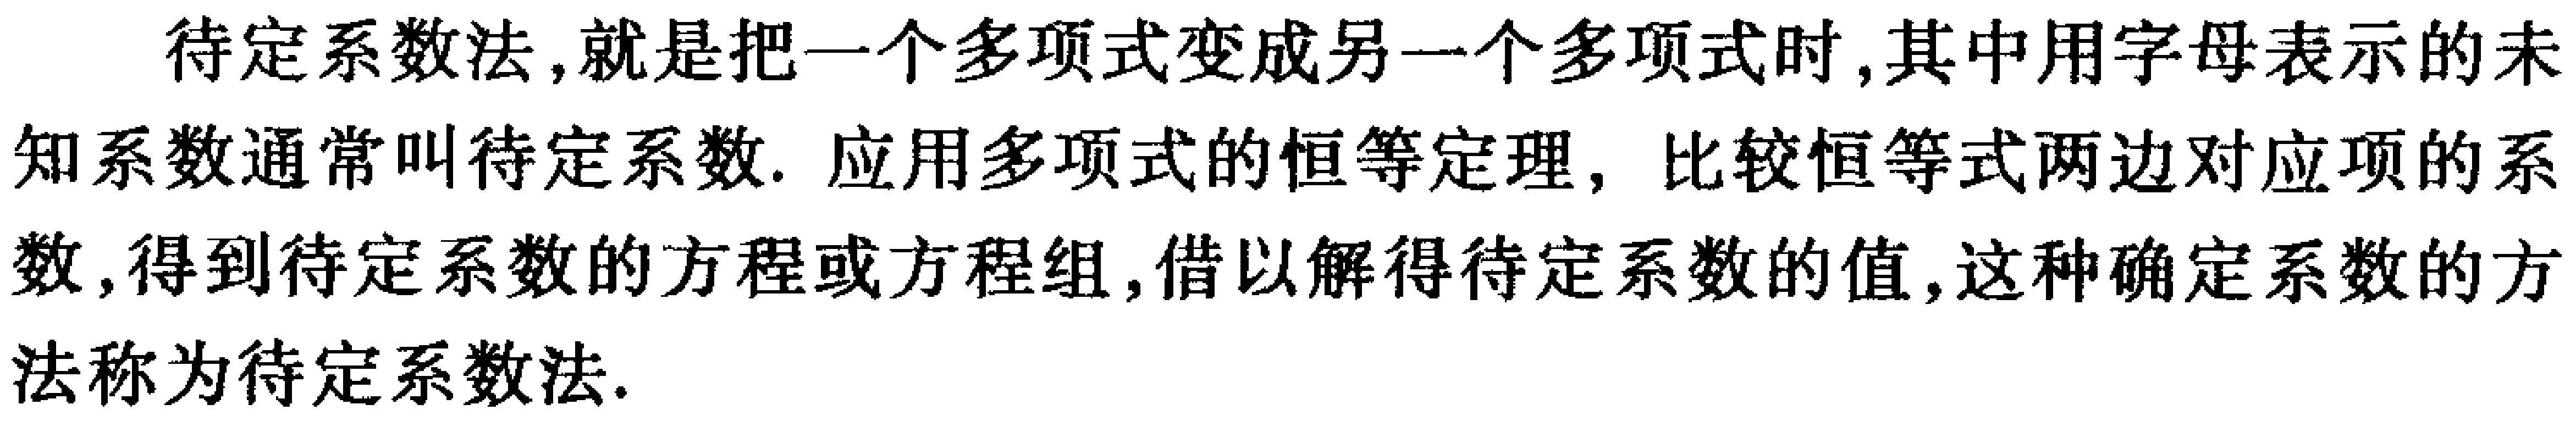
待定系数法，就是把一个多项式变成另一个多项式时，其中用字母表示的未知系数通常叫待定系数. 应用多项式的恒等定理，比较恒等式两边对应项的系数，得到待定系数的方程或方程组，借以解得待定系数的值，这种确定系数的方法称为待定系数法.